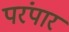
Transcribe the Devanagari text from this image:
परंपार